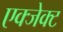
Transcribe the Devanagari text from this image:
एक्जेक्ट